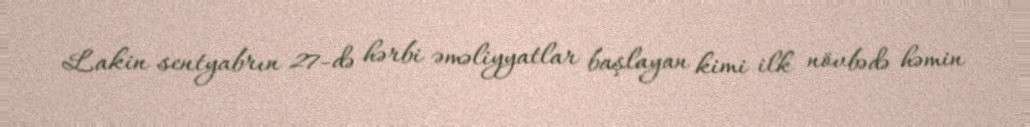
Lakin sentyabrın 27-də hərbi əməliyyatlar başlayan kimi ilk növbədə həmin